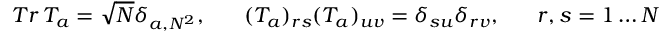
T r \, T _ { a } = \sqrt N \delta _ { a , N ^ { 2 } } , \; \; \; \; \; \; ( T _ { a } ) _ { r s } ( T _ { a } ) _ { u v } = \delta _ { s u } \delta _ { r v } , \; \; \; \; \; \; r , s = 1 \ldots N